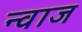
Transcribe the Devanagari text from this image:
न्वाज